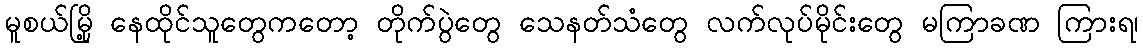
မူစယ်မြို့ နေထိုင်သူတွေကတော့ တိုက်ပွဲတွေ သေနတ်သံတွေ လက်လုပ်မိုင်းတွေ မကြာခဏ ကြားရ၊